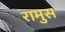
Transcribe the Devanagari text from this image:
रामुस